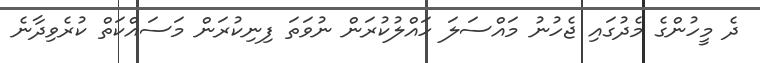
ދެ މީހުންގެ މެދުގައި ޖެހުނު މައްސަލަ ހައްލުކުރަން ނުވަތަ ފިނިކުރަން މަސައްކަތް ކުރެވިދާނެ